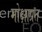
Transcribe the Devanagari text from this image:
मोक्षाप्रत